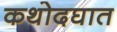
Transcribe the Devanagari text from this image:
कथोदघात